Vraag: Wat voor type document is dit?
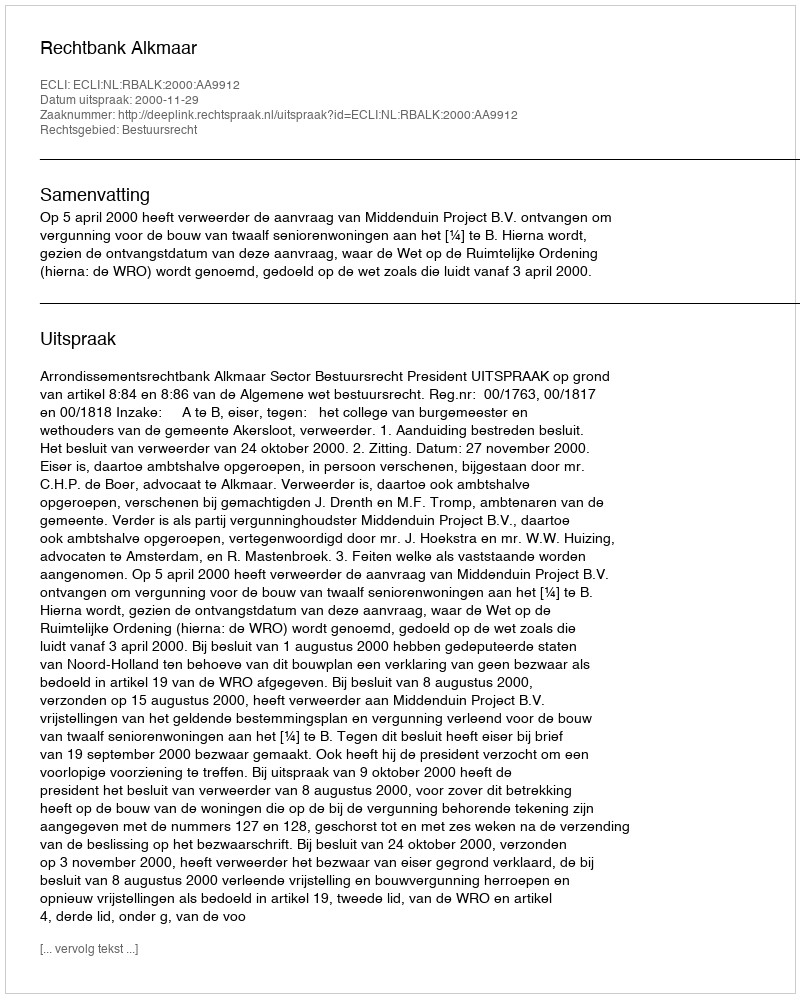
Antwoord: Uitspraak